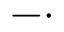
- \cdot